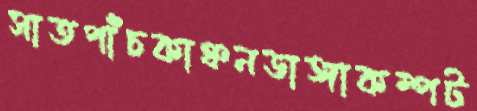
সাতপাঁচকাঞ্চনডাঙ্গাকম্পট